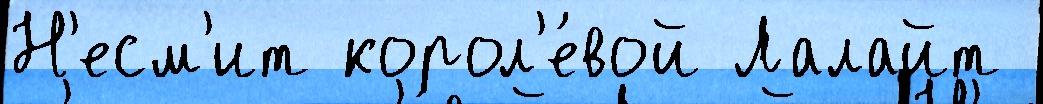
Н'есм'ит корол'е́вой Лалайт